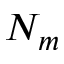
N _ { m }